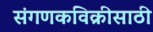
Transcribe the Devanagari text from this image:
संगणकविक्रीसाठी